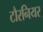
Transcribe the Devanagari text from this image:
टौरनियर